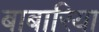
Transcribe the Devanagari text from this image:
बाबारिया